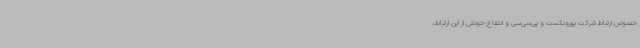
خصوص ارتباط شرکت یورونکست و پی‌سی‌سی و انتفاع خودش از این ارتباط،